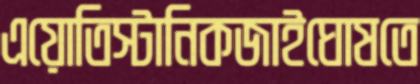
এয়োতিস্টানিকজাইঘোষতে